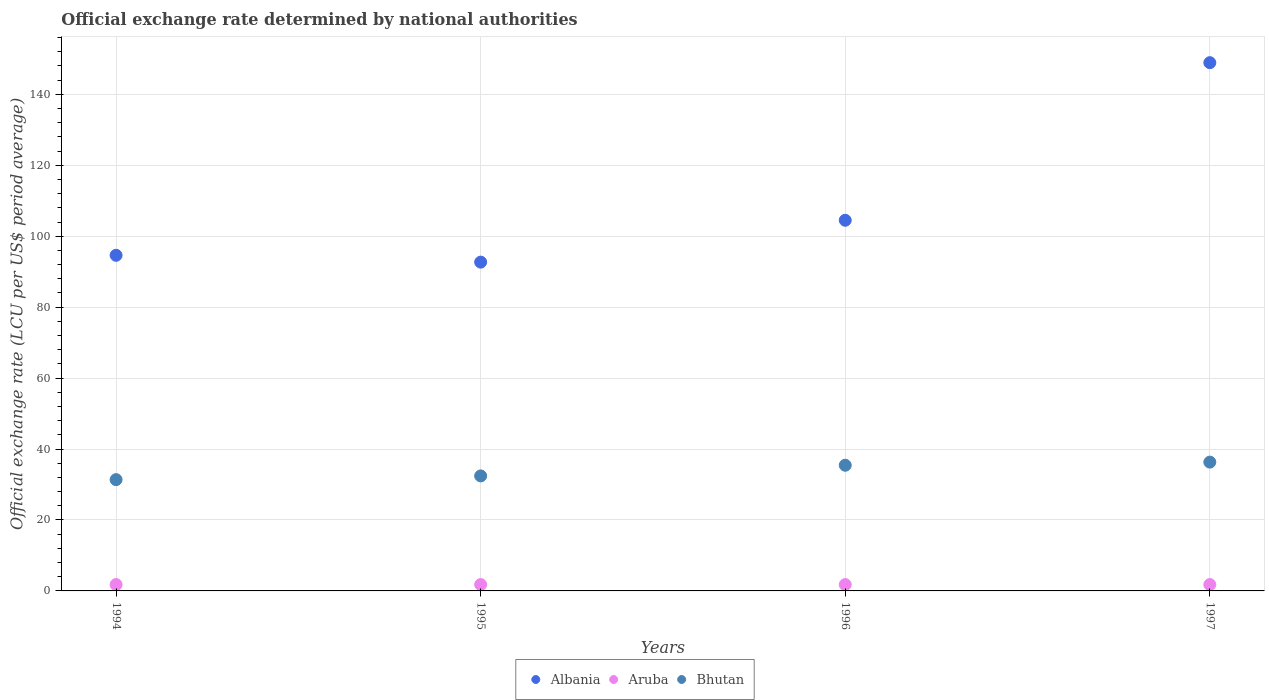
| Years | Albania | Aruba | Bhutan |
 | --- | --- | --- | --- |
 | 1994 | 94.6 | 1.79 | 31.4 |
 | 1995 | 92.7 | 1.79 | 32.4 |
 | 1996 | 104 | 1.79 | 35.4 |
 | 1997 | 149 | 1.79 | 36.3 |